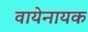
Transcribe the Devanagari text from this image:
वायेनायक